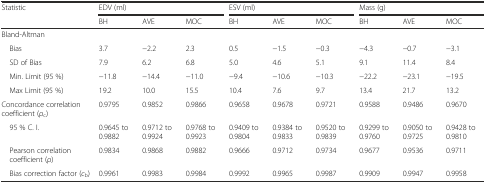
| <ROWSPAN=2> Statistic | <COLSPAN=3> EDV (ml) | <COLSPAN=3> ESV (ml) | <COLSPAN=3> Mass (g) |
 | BH | AVE | MOC | BH | AVE | MOC | BH | AVE | MOC |
 | --- | --- | --- | --- | --- | --- | --- | --- | --- | --- |
 | Bland-Altman |  |  |  |  |  |  |  |  |  |
 | Bias | 3.7 | −2.2 | 2.3 | 0.5 | −1.5 | −0.3 | −4.3 | −0.7 | −3.1 |
 | SD of Bias | 7.9 | 6.2 | 6.8 | 5.0 | 4.6 | 5.1 | 9.1 | 11.4 | 8.4 |
 | Min. Limit (95 %) | −11.8 | −14.4 | −11.0 | −9.4 | −10.6 | −10.3 | −22.2 | −23.1 | −19.5 |
 | Max Limit (95 %) | 19.2 | 10.0 | 15.5 | 10.4 | 7.6 | 9.7 | 13.4 | 21.7 | 13.2 |
 | Concordance correlation coefficient (ρc) | 0.9795 | 0.9852 | 0.9866 | 0.9658 | 0.9678 | 0.9721 | 0.9588 | 0.9486 | 0.9670 |
 | 95 % C. I. | 0.9645 to 0.9882 | 0.9712 to 0.9924 | 0.9768 to 0.9923 | 0.9409 to 0.9804 | 0.9384 to 0.9833 | 0.9520 to 0.9839 | 0.9299 to 0.9760 | 0.9050 to 0.9725 | 0.9428 to 0.9810 |
 | Pearson correlation coefficient (ρ) | 0.9834 | 0.9868 | 0.9882 | 0.9666 | 0.9712 | 0.9734 | 0.9677 | 0.9536 | 0.9711 |
 | Bias correction factor (cb) | 0.9961 | 0.9983 | 0.9984 | 0.9992 | 0.9965 | 0.9987 | 0.9909 | 0.9947 | 0.9958 |